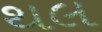
થલ